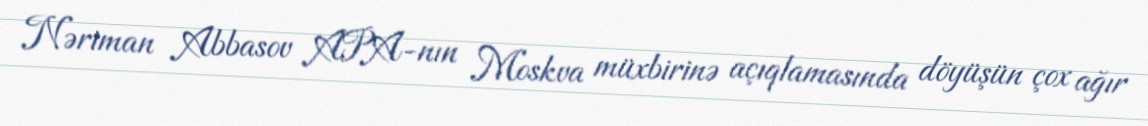
Nəriman Abbasov APA-nın Moskva müxbirinə açıqlamasında döyüşün çox ağır